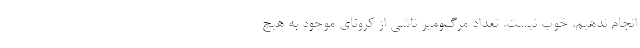
انجام ندهیم، خوب نیست. تعداد مرگ‌ومیر ناشی از کرونای موجود به هیچ